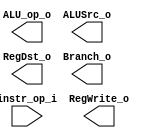
// Author:

module Decoder(
    instr_op_i,
    RegWrite_o,
    ALU_op_o,
    ALUSrc_o,
    RegDst_o,
    Branch_o
    );

//I/O ports
input  [6-1:0] instr_op_i;

output         RegWrite_o;
output [3-1:0] ALU_op_o;
output         ALUSrc_o;
output         RegDst_o;
output         Branch_o;

//Internal Signals
reg    [3-1:0] ALU_op_o;
reg            ALUSrc_o;
reg            RegWrite_o;
reg            RegDst_o;
reg            Branch_o;

endmodule